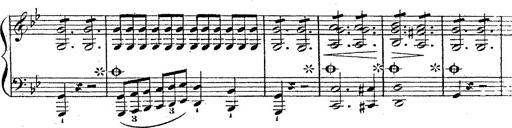
Title: 12 Lieder von Franz Schubert
Composer: Franz Liszt